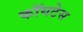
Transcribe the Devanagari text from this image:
कॉयटेस